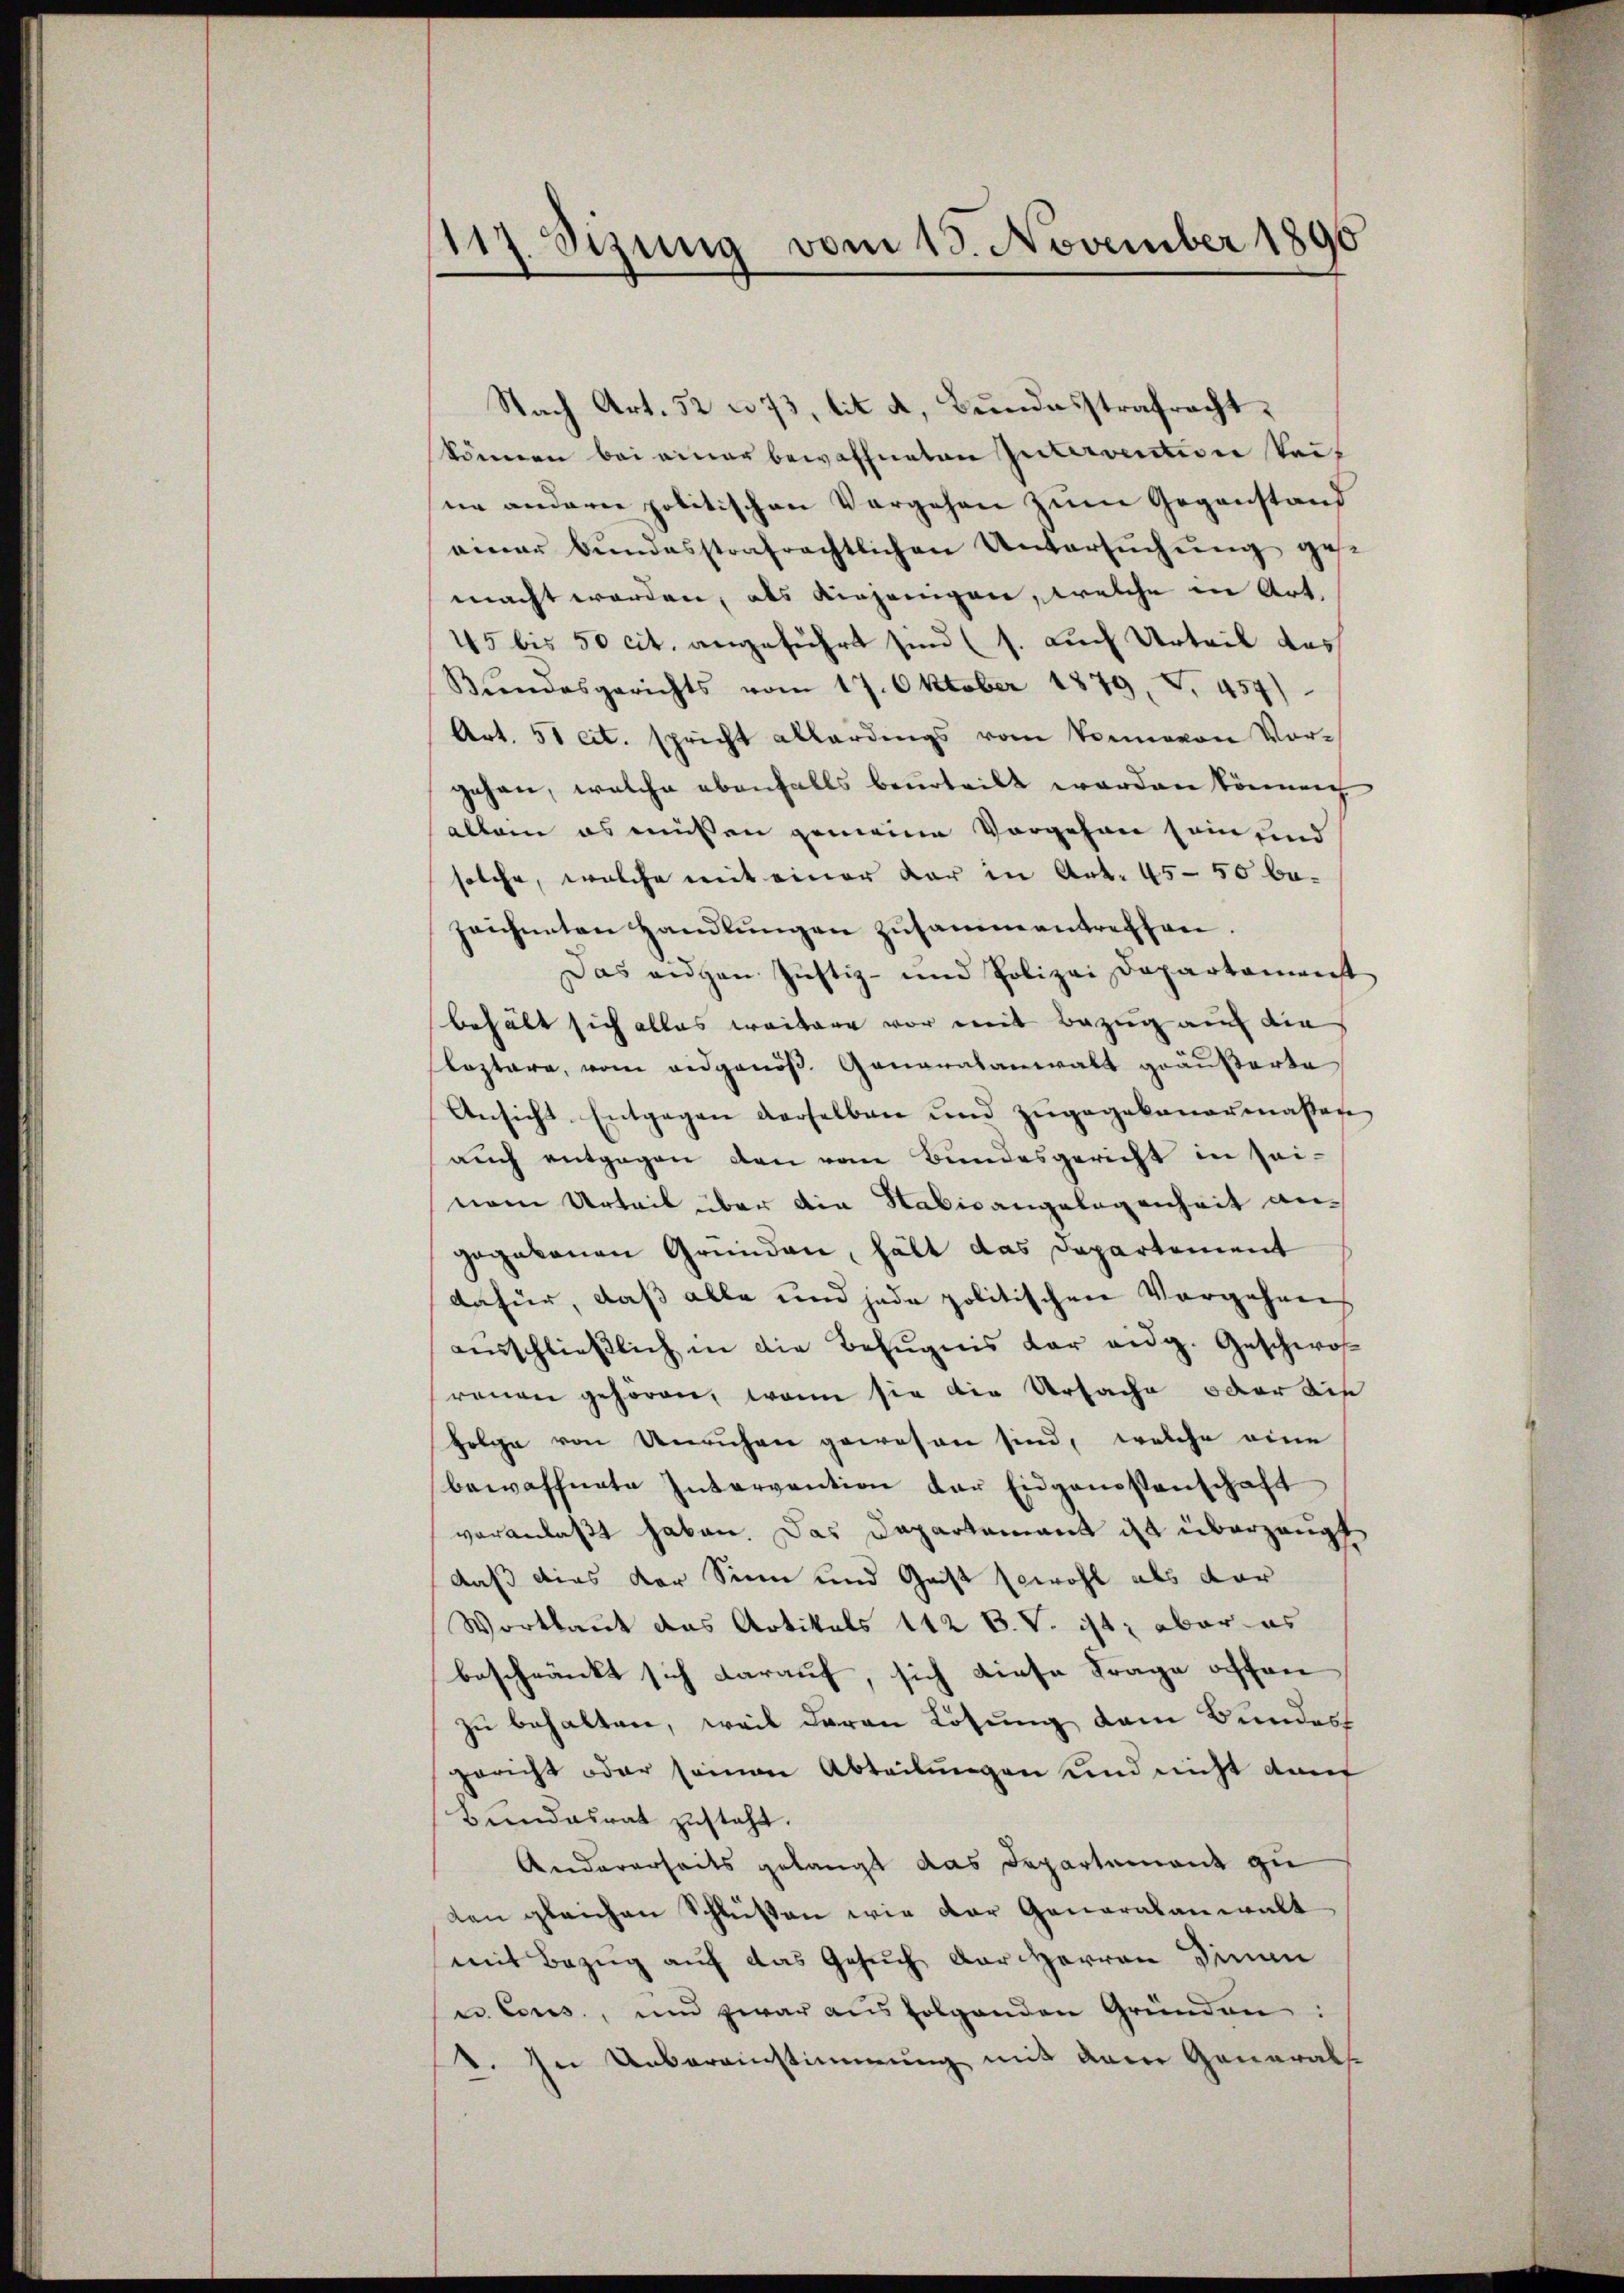
117. Sizung vom 18. November 1890

Nach Art. 52 n 73, lit. a, Bundesstrafrecht,
könnern bei einer bewaffneten Intervention seit
ne andern politischen Vergehen zum Gegenstand
einer bundesstrafrechtlichen Untersŭchŭng gest
macht worden, als diejenigen, welche in Art.
45 bis 50 cit. angeführt sind (s. auch Urteil das
Bŭndesgerichts vom 17. Oktober 1879, S. 459)
Art. 51 cit. spricht allerdings vom Sonneren Vor-
gehen, welche ebenfalls beurteilt worden können
allein es müssen gemeine Vorgehen sein und
solche, welche mit einer dar in Art. 4550 be-
zeichneten Handlŭngen zusammentreffen.
Das eigen Justiz- und Polizei Departamenst
behält sich alles weitere vor mit Bezug auch die
leztere, vom eidgenös. Generalanwalt geäußerte
Ansicht. Entgegen derselben und zŭgegebenermassen
auch entgegen den vom Bundesgericht in sei-
nem Urteil über die Sabisangelegenheit an-
gegebenen Gründen, hält das Departement
dafür, dass alle und jede politischen Vorgehren
ausschließlich in die Befugnis dar eidg. Geschwohrenen gehören, wenn sie die Ursache oder die
folge von Unruhen gewesen sind, welche eine
bewaffnete Intervention der Eidgenossenschaft
veranlaßt haben. Das Departamant ist überzeugt
daß dies der Sinn und Gast sowohl als dar
Wortlaut das Artikals 142 B.V. ist; aber es
beschränkt sich darauf, sich diese Frage offen
zu behalten, weil deren Lösung dem Bundes
gericht oder seinen Abteilungen und nicht dan
Bundesrat zusteht.
Andererseits gelangt das Departement zu
den gleichen Schlüßen wie der Generalanwalt
mit Bezug auf das Gesuch der Herren Sinan
u. Coses, und zwar aus folgenden Gründen:
d. In Uebereinstimmung mit dem General¬